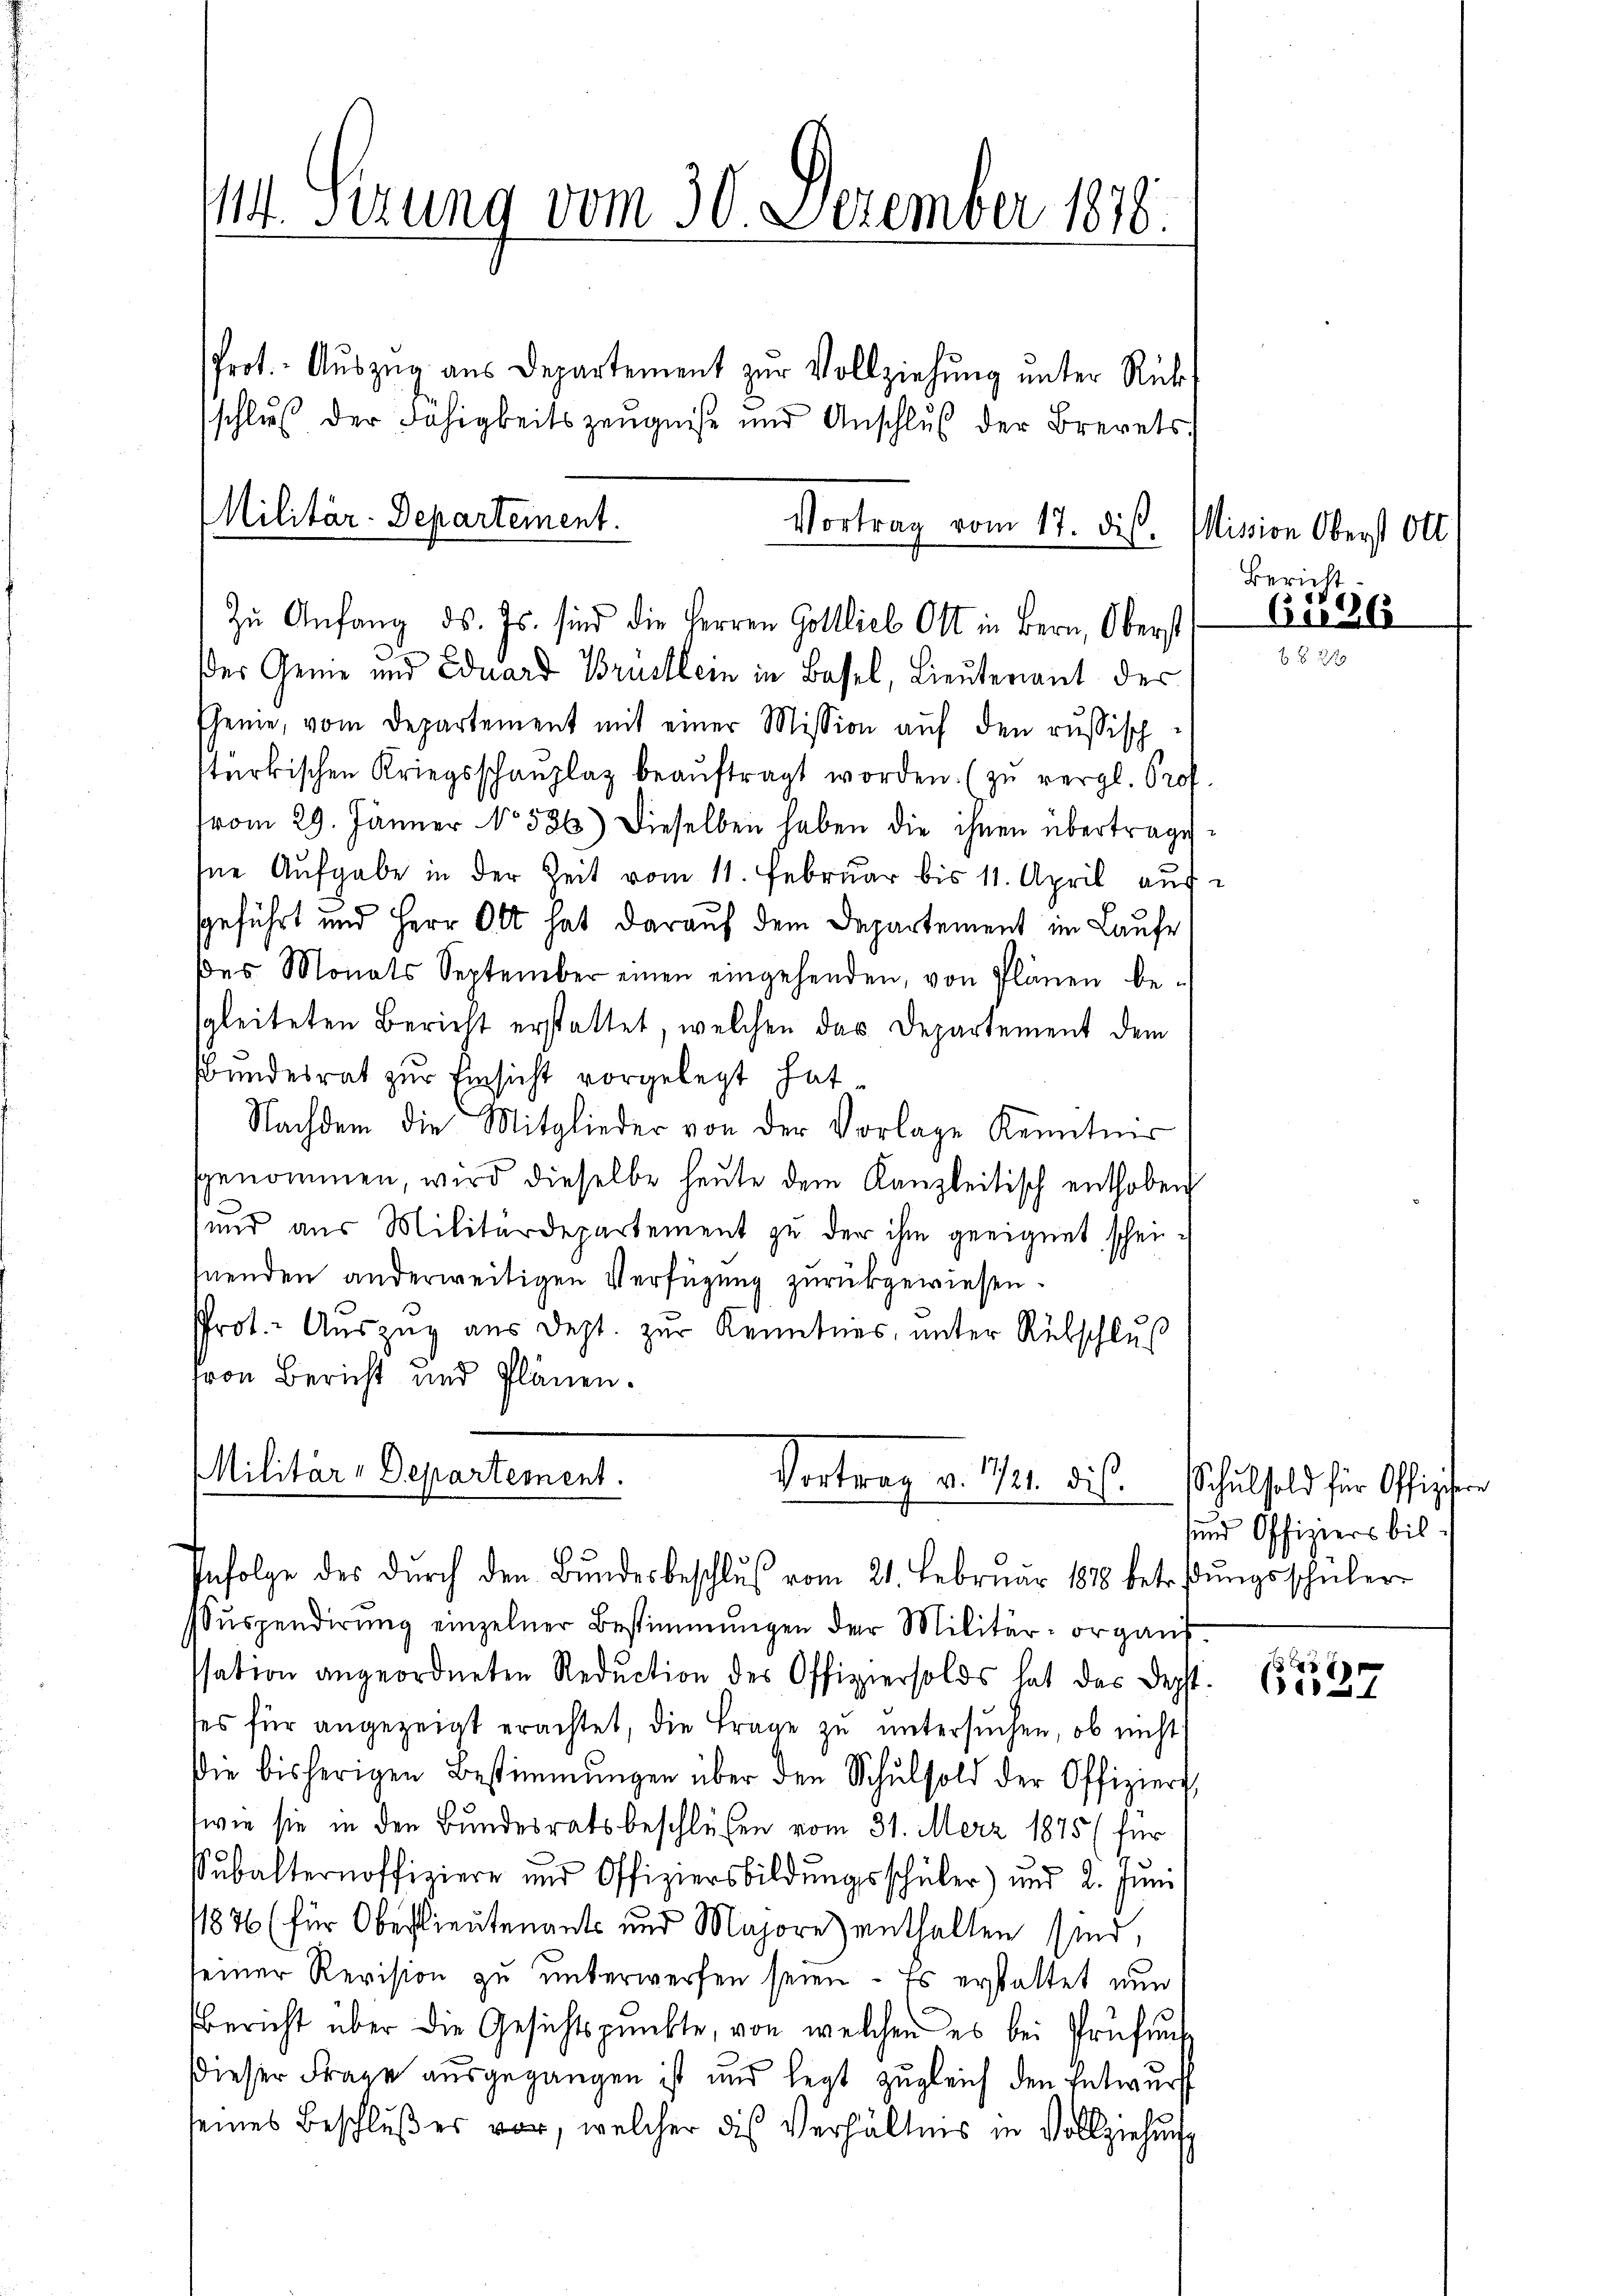
schluß der Fähigkeitszeugniße und Anschluß der Brevets
Zŭ Anfang ds. Js. sind die Herren Gottlich Ott in Bern, Oberst
der Geme und Eduard Brustlein in Basel, Lieutenant der
Chemie, vom Departement mit einer Mission auf den russisch-
stürkischen Kriegsschaŭplag beaŭftragt worden. (zu vergl. Prof.
vom 29. Jänner No 586.) Dieselben haben die ihnen übertragehne Aufgabe in der Zeit vom 11. Februar bis 11. April auf
geführt und Herr Ott hat darauf dem Departement im Laufe,
des Monats September einen eingehenden, von Plänen be-
sgleiteten Bericht erstattet, welchen das Departement dem
Bundesrat zur Einsicht vorgelegt hat.
Nachdem die Mitglieder von der Vorlage Kenntnis
sgenommen, wird dieselbe heŭte dem Kanzleitisch enthoben
und aus Militärdepartement zu der ihm geeignet scheihnenden anderweitigen Verfügung zurückgewiesen.
Prot. Auszug aus dept. zur Kenntnis, unter Rütschluß
von Bericht und Plänen.

14. Serung vom 30. Dezember 1816.
Prot. Auszug aus Departement zur Vollziehung unter Rück

Militär-Departement.

Vortrag vom 17. dis. Mission Oberst Ott.

Militär-Departement.
Vortrag v. 121. bis
Infolge des dŭrch den Bŭndesbeschlŭβ vom 21. Februar 1878 betretŭngsschüler

Suspendirung einzelner Bestimmungen der Militärorgans.
ssation angeordneten Reduction des Offiziersolds hat das Depst.
ses für angezeigt erachtet, die Frage zu untersuchen, ob nicht
die bisherigen Bestimmungen über den Schŭlsold der Offizierg
twie sie in den Bundesratsbeschlüssen vom 31. März 1875 (für
subalternoffiziere und Offiziersbildŭngsschüler) und 2. Jŭni
/1876 (für Oberlieutenants und Majore enthalten sind,
seiner Revision zu unterwerfen seien. Es erstattet nun
Bericht über die Gesichtspunkte, von welchen es bei Prüfung
Dieser Frage ausgegangen ist und legt zugleich den Entwurf
seines Beschluß es vor, welcher die Verhältnis in Vollziehung

Bericht,
6n 26

627

Schulsold für Offiziere
sund Offiziers bil¬